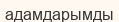
адамдарымды